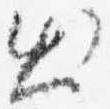
出